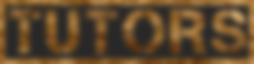
TUTORS